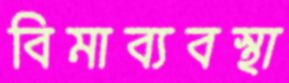
বিমাব্যবস্থা